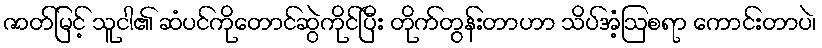
ဇာတ်မြင့် သူငါ၏ ဆံပင်ကိုတောင်ဆွဲကိုင်ပြီး တိုက်တွန်းတာဟာ သိပ်အံ့ဩစရာ ကောင်းတာပဲ၊